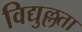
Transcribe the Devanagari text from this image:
विद्युल्लता